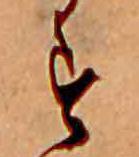
す